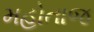
મહોતાજ